Annual statistical returns and brief notes on vaccination in Bengal - 1887-1898
Year: 1887
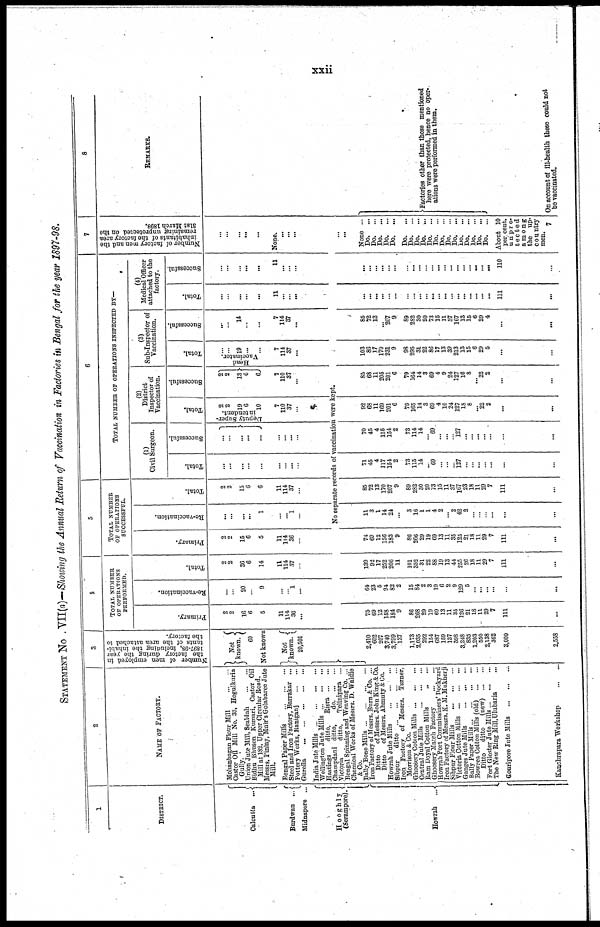
xxii
STATEMENT No. VII(a)—Showing the Annual Return of Vaccination in Factories in Bengal for the year 1897-98.
1
DISTRICT.
Calcutta...
Burdwan...
Midnapore ...
Hooghly
(Serampore)
Howrah...
2
NAME OF FACTORY.
Mohanbagan Flour
Mill...
...
Castor Oil Mill No. 33, Hogulkuria
Gully.
Union Jute Mill,
Sealdah...
...
Bidhu Bhuson Kumari, Castor Oil
Mill at 182, Upper Circular Road.
Messrs. Finlay, Muir's Golabaree Jute
Mill.
Bengal Paper
Mills...
...
Steel and Iron Factory, Barrakar ...
Pottery Works,
Raniganj...
...
Gurella...
...
...
...
...
India Jute
Mills...
...
...
Wellington Jute Mills...
...
...
Hastings
ditto,
Risra... ... ...
Champdani ditto, do... ...
Victoria
ditto,
Telinipara...
Bengal Spinning and Weaving Co. ...
Chemical Works of Messrs. D. Waldie
&Co.
Bally Bone Mills...
...
...
...
Iron Factory of Messrs. Burn & Co. ...
Ditto
of Messrs. John King& Co.
Ditto
of Messrs. Ahmuty & Co.
Howrah Jute
Mills...
...
Sibpur
ditto... ... ...
Iron Factory of Messrs. Turner,
Morrison & Co.
Ghoosery Cotton Mills...
...
...
Central Jute
Mills...
...
Ram Doyal Cotton Mills... ... ...
Ghoosery Match Factory... ... ...
Howrah Port Commissiners' Dockyard
Iron Factory of Messrs. K. M. Mukherji
Sibpur Flour
Mills...
...
...
Victoria Cotton
Mills...
...
...
Ganges Jute Mills... ... ...
Bally Paper Mills... ... ... ... ...
Bowrea Cotton Mills (old)... ... ...
Ditto
ditto
(new)... ... ...
Fort Gloster Jute Mills...
...
...
The New Ring Mill,Ulubaria...
Gouripore Jute
Mills...
...
...
Kanchrapara Workshop...
...
3
Number of men employed in
the factory during the year
1897-98, including the inhabi-
tants of the area attached to
the factory.
Not
known.
60
Not known
Not
known.
20,501
4
TOTAL NUMBER
OF OPERATIONS
PERFORMED.
Primary.
2
2
16
6
5
11
114
36
...
Re-vaccination.
...
...
20
...
9
...
... 1
...
Total.
2
2
36
6
14
11
114
37
...
5
TOTAL NUMBER
OF OPERATIONS
SUCCESSFUL.
Primary.
2
2
16
6
5
11
114
36
...
Re-vaccination.
...
...
...
...
1
...
... 1
...
Total.
2
2
15
6
6
11
114
37
...
6
TOTAL NUMBER OF OPERATIONS INSPECTED BY—
(l)
Civil Surgeon.
Total.
...
...
...
...
...
...
...
...
...
Successful.
...
...
...
...
...
...
...
...
...
(2)
District
Inspector of
Vaccination.
Total.
Deputy Super-
intendent.
2
2
19
6
10
7
110 37
...
Successful.
2
2
13
6
6
7
110 37
...
(3)
Sub-Inspector of
Vaccination.
Total.
Head
Vaccinator.
...
...
19
...
...
7
114
37
...
Successful.
...
...
14
...
...
7
114
37
...
(4)
Medical Officer
attached to the
factory.
Total.
...
...
...
...
...
11
...
...
...
Successful.
...
...
...
...
...
11
...
...
...
No separate records of vaccination were kept.
2,410
602
207
3,740
3,799
137
1,173
2,035
292
154
687
159
137
398
3,248
835
1,203
550
2,138
362
3,000
2,568
75
69
12
158
184
9
86
268
29
19
69
13
11
35
126
21
18
11
29
7
111
...
64
23
5
94
82
2
15
84
2
3
19
6
2
9
129
5
...
...
...
...
...
...
139
92
17
252
266
11
101
352
31
22
88
19
13
44
255
26
18
11
29
7
111
...
74
69
12
156
183
9
86
266
29
19
69
13
11
35
125
21
18
11
29
7
111
...
11
3
1
14
24
...
3
16
1
1
4
2
... 2
42
2
...
...
... ...
...
...
85
72
13
170
207
9
89
282
30
20
73
15
11
37
167
23
18
11
29
7
111
...
71
45
4
117
154
2
73
115
14
... 69
...
...
...
127
...
... ...
...
...
...
...
70
45
4
115
154
2
73
114
14
... 69
...
...
... 127
...
...
...
...
...
...
...
92
68
11
169
201
6
79
165
14
3
69
4
10
24
127
18
8
... 22
2
...
...
85
68
11
205
201
6
79
164
14
3
69
4
9
24
127
16
8
... 22
2
...
...
103
86
17
170
231
9
98
295
31
22
86
17
13
39
213
13
15
6
29
5
...
...
85
72
13
... 207
9
89
282
30
20
73
15
11
37
167
13
15
6
29
4
...
...
...
... ...
...
...
...
...
...
... ...
...
...
...
...
... ...
...
...
...
...
111
...
...
... ...
...
... ...
...
...
...
...
...
...
...
... ...
...
...
...
... ...
110
...
7
Number of factory men and the
inhabitants of the factory area
remaining unprotected on the
31st March 1898.
...
...
...
...
...
None.
...
...
...
...
...
None ...
Do.
...
Do.
...
Do. ...
Do.
...
Do.
...
Do.
...
Do.
...
Do.
...
Do.
...
Do.
...
Do. ...
Do.
...
Do.
...
Do.
...
Do. ...
Do. ...
Do.
...
Do.
...
Do. ...
About 10
per, cent.
unpro-
tected
among
the up-
country
men.
7
8
REMARKS.
Factories other than those mentioned
here were protected, hence no oper-
ations were performed in them.
On account of 111-health these could not
be vaccinated.